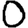
Digit: 0